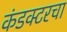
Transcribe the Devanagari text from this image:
कंडक्टरचा